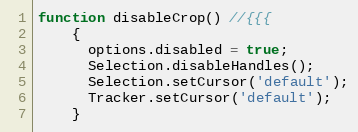
Language: JavaScript
function disableCrop() //{{{
    {
      options.disabled = true;
      Selection.disableHandles();
      Selection.setCursor('default');
      Tracker.setCursor('default');
    }